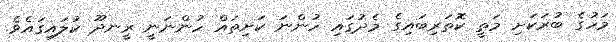
މަހުގެ ބުރަކަށި މަތީ ކޮތަރިބައިގެ މެދުގައި ހުންނަ ކަށިތައް ހުންނަނީ ރީނދޫ ކުލައިގައެވެ.